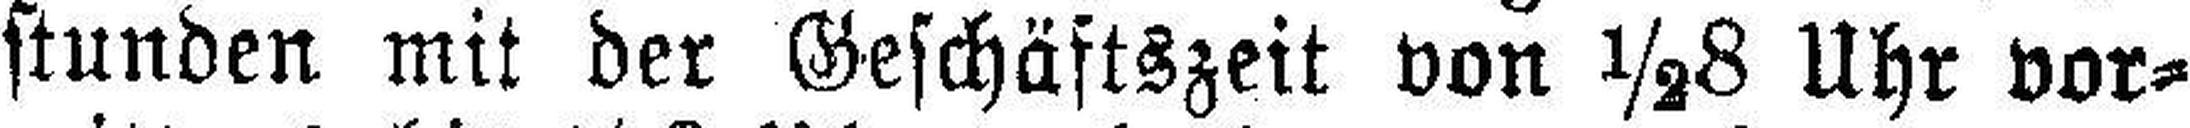
stunden mit der Geschäftszeit von ½8 Uhr vor¬